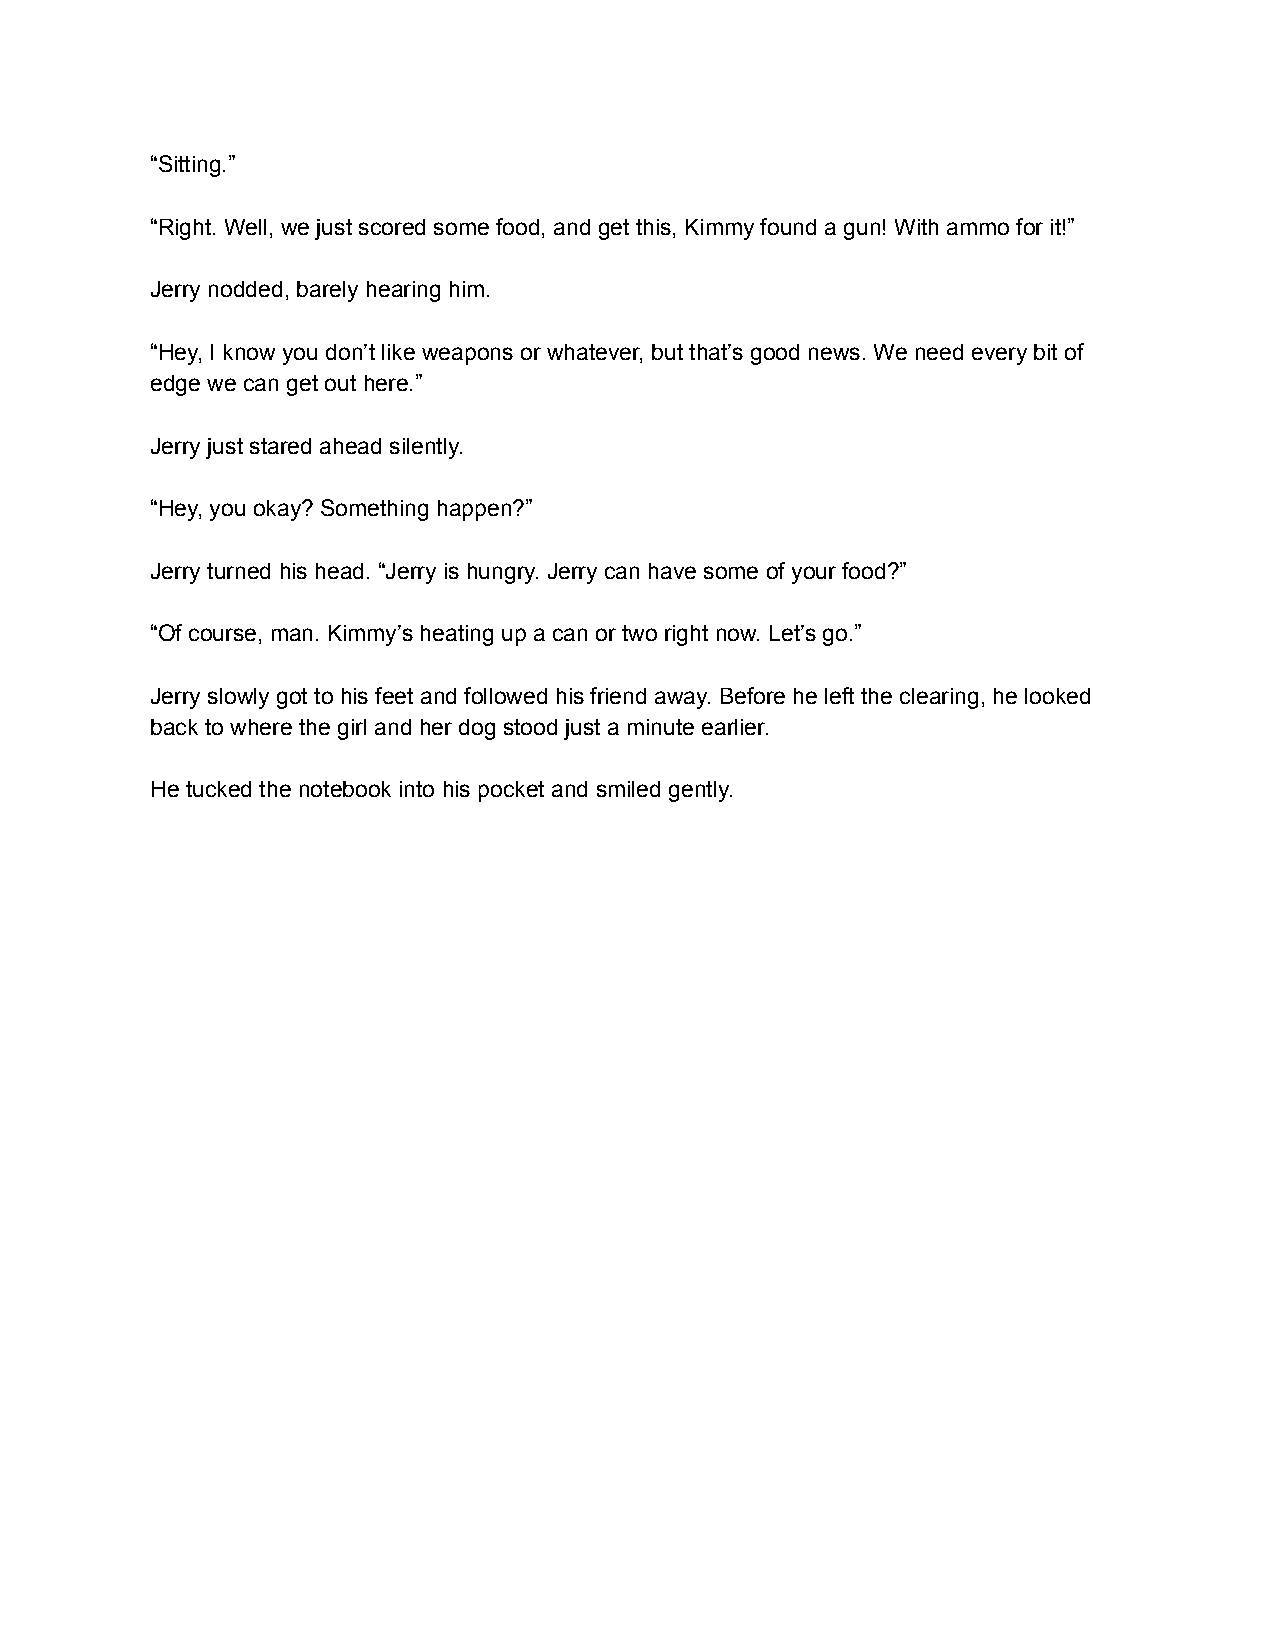
“Sitting.”
 “Right. Well, we just scored some food, and get this, Kimmy found a gun! With ammo for it!”
 Jerry nodded, barely hearing him.
 “Hey, I know you don’t like weapons or whatever, but that’s good news. We need every bit of
 edge we can get out here.”
 Jerry just stared ahead silently.
 “Hey, you okay? Something happen?”
 Jerry turned his head. “Jerry is hungry. Jerry can have some of your food?”
 “Of course, man. Kimmy’s heating up a can or two right now. Let’s go.”
 Jerry slowly got to his feet and followed his friend away. Before he left the clearing, he looked
 back to where the girl and her dog stood just a minute earlier.
 He tucked the notebook into his pocket and smiled gently.